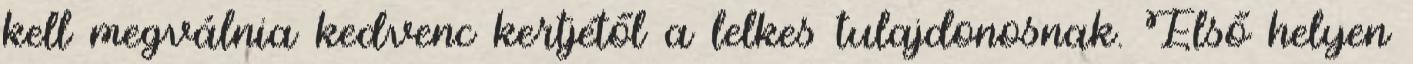
kell megválnia kedvenc kertjétől a lelkes tulajdonosnak. Első helyen